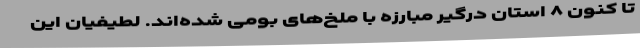
تا کنون ۸ استان درگیر مبارزه با ملخ‌های بومی شده‌اند. لطیفیان این